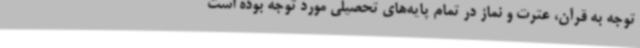
توجه به قرآن، عترت و نماز در تمام پایه‌های تحصیلی مورد توجه بوده است